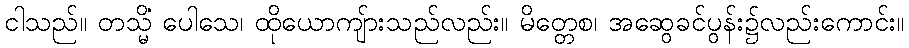
ငါသည်။ တသ္မိံ ပေါသေ၊ ထိုယောကျ်ားသည်လည်း။ မိတ္တေစ၊ အဆွေခင်ပွန်း၌လည်းကောင်း။